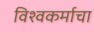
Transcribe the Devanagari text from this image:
विश्‍वकर्माचा